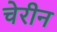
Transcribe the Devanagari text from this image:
चेरीन